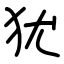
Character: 犹